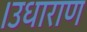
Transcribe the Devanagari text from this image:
।उधाराण